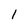
Character: 1